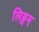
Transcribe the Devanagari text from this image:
लिङ्गम्‌